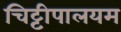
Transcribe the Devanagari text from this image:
चिट्टीपालयम